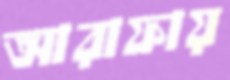
আরাফায়